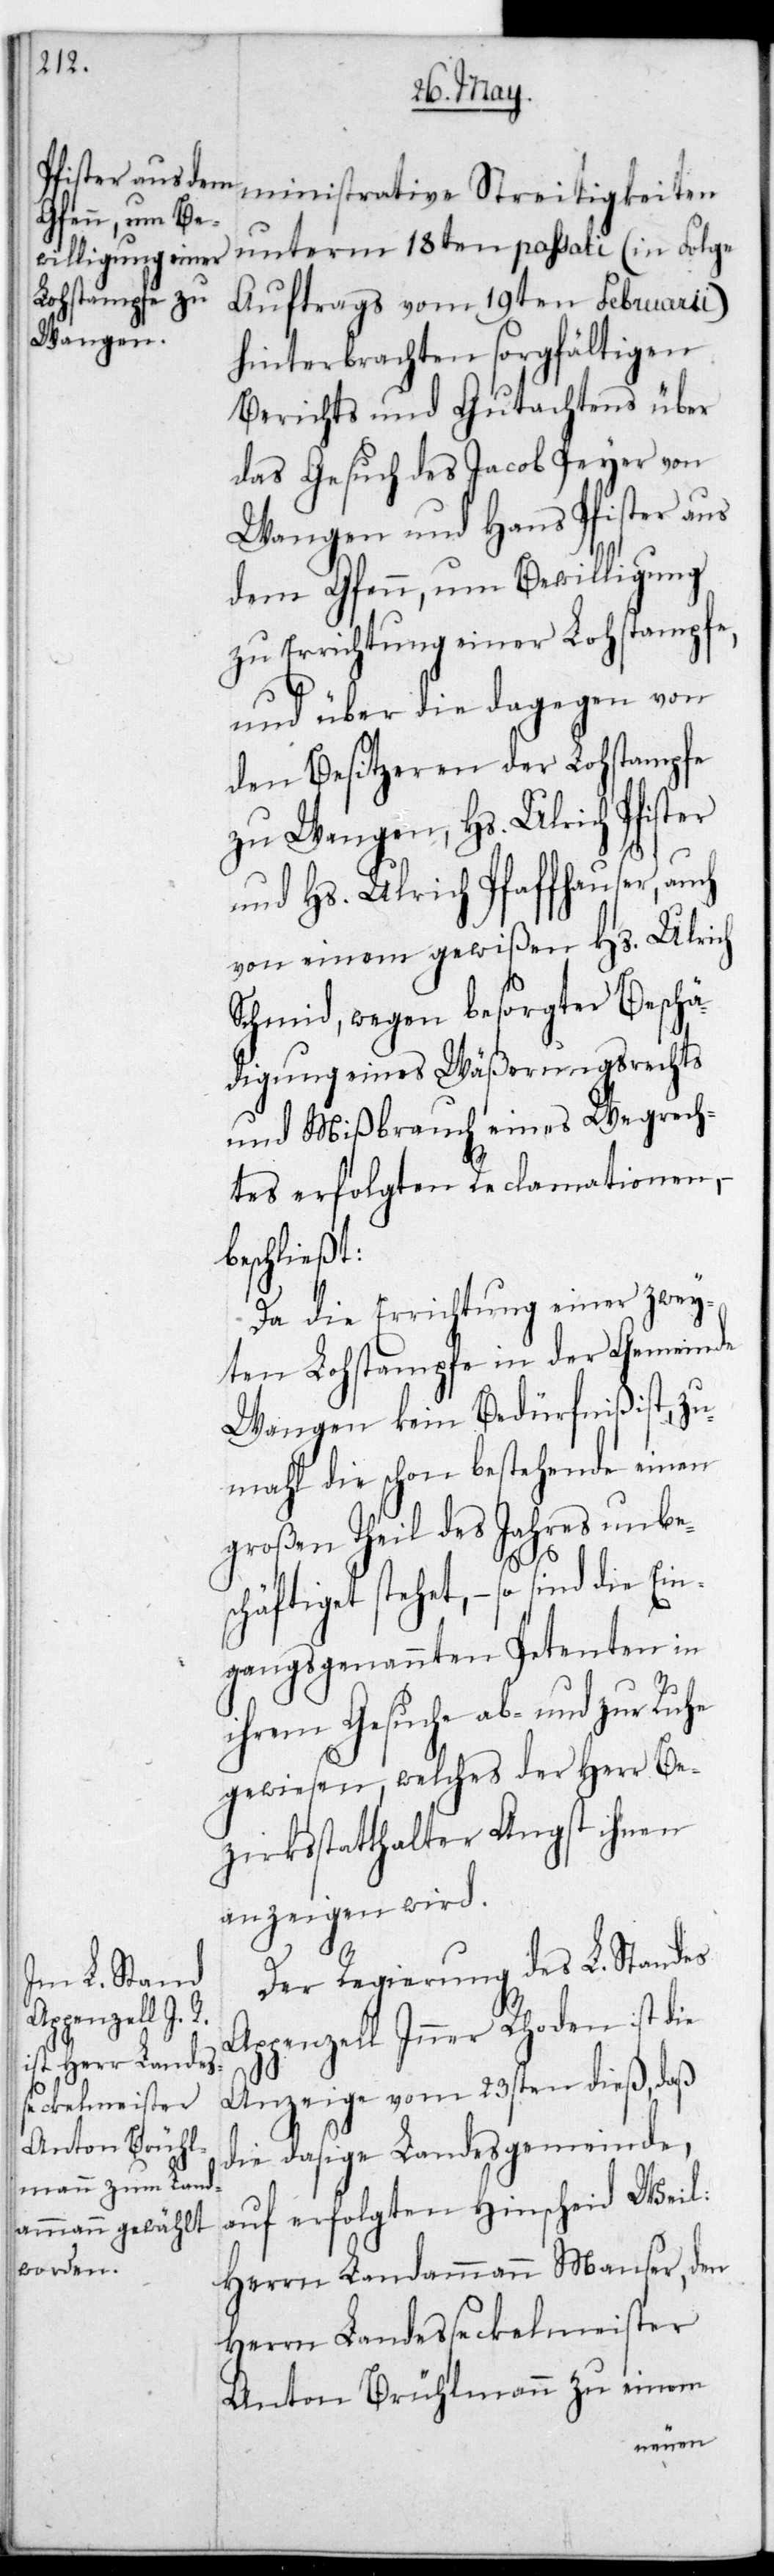
die ein¬
ministrative Streitigkeiten
unterm 18ten passati (in Folge
Auftrags vom 19ten Februarii)
hinterbrachten sorgfältigen
Berichts und Gutachtens über
das Gesuch des Jacob Peyer von
Wangen und Hans Pfister aus
dem Gfenn, um Bewilligung
zu Errichtung einer Lohstampfe,
und über die dagegen von
den Besitzeren der Lohstampfe
zu Wangen, Hs. Ulrich Pfister
und Hs. Ulrich Pfaffhauser, auch
von einem gewißen Hs. Ulrich
Schmid, wegen besorgter Beschä¬
digung eines Wäßerungsrechts
und Mißbrauch eines Wegrech¬
tes erfolgten Reclamationen,
beschließt:
Da die Einrichtung einer zwey¬
ten Lohstampfe in der Gemeinde
Wangen kein Bedürfniß ist, zu¬
mahl die schon bestehende einen
großen Theil des Jahres unbes¬
chäftiget stehet, – so sind
gangs genannte Petenten in
ihrem Gesuche ab- und zur
gewiesen, welches der Herr Be¬
zirksstatthalter Angst ihnen
anzeigen wird.
Der Regierung des L. Standes
Appenzell Inner Rhoden ist die
Anzeige vom 23sten dieß, daß
die dasige Landsgemeinde,
auf erfolgten Hinscheid Weil:
Herrn Landammann Manser, den
Herrn Landeßekelmeister
Anton Brühlmann zu einem